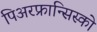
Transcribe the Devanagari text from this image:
पिअरफ्रान्सिस्को